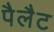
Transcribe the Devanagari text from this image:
पैलैट